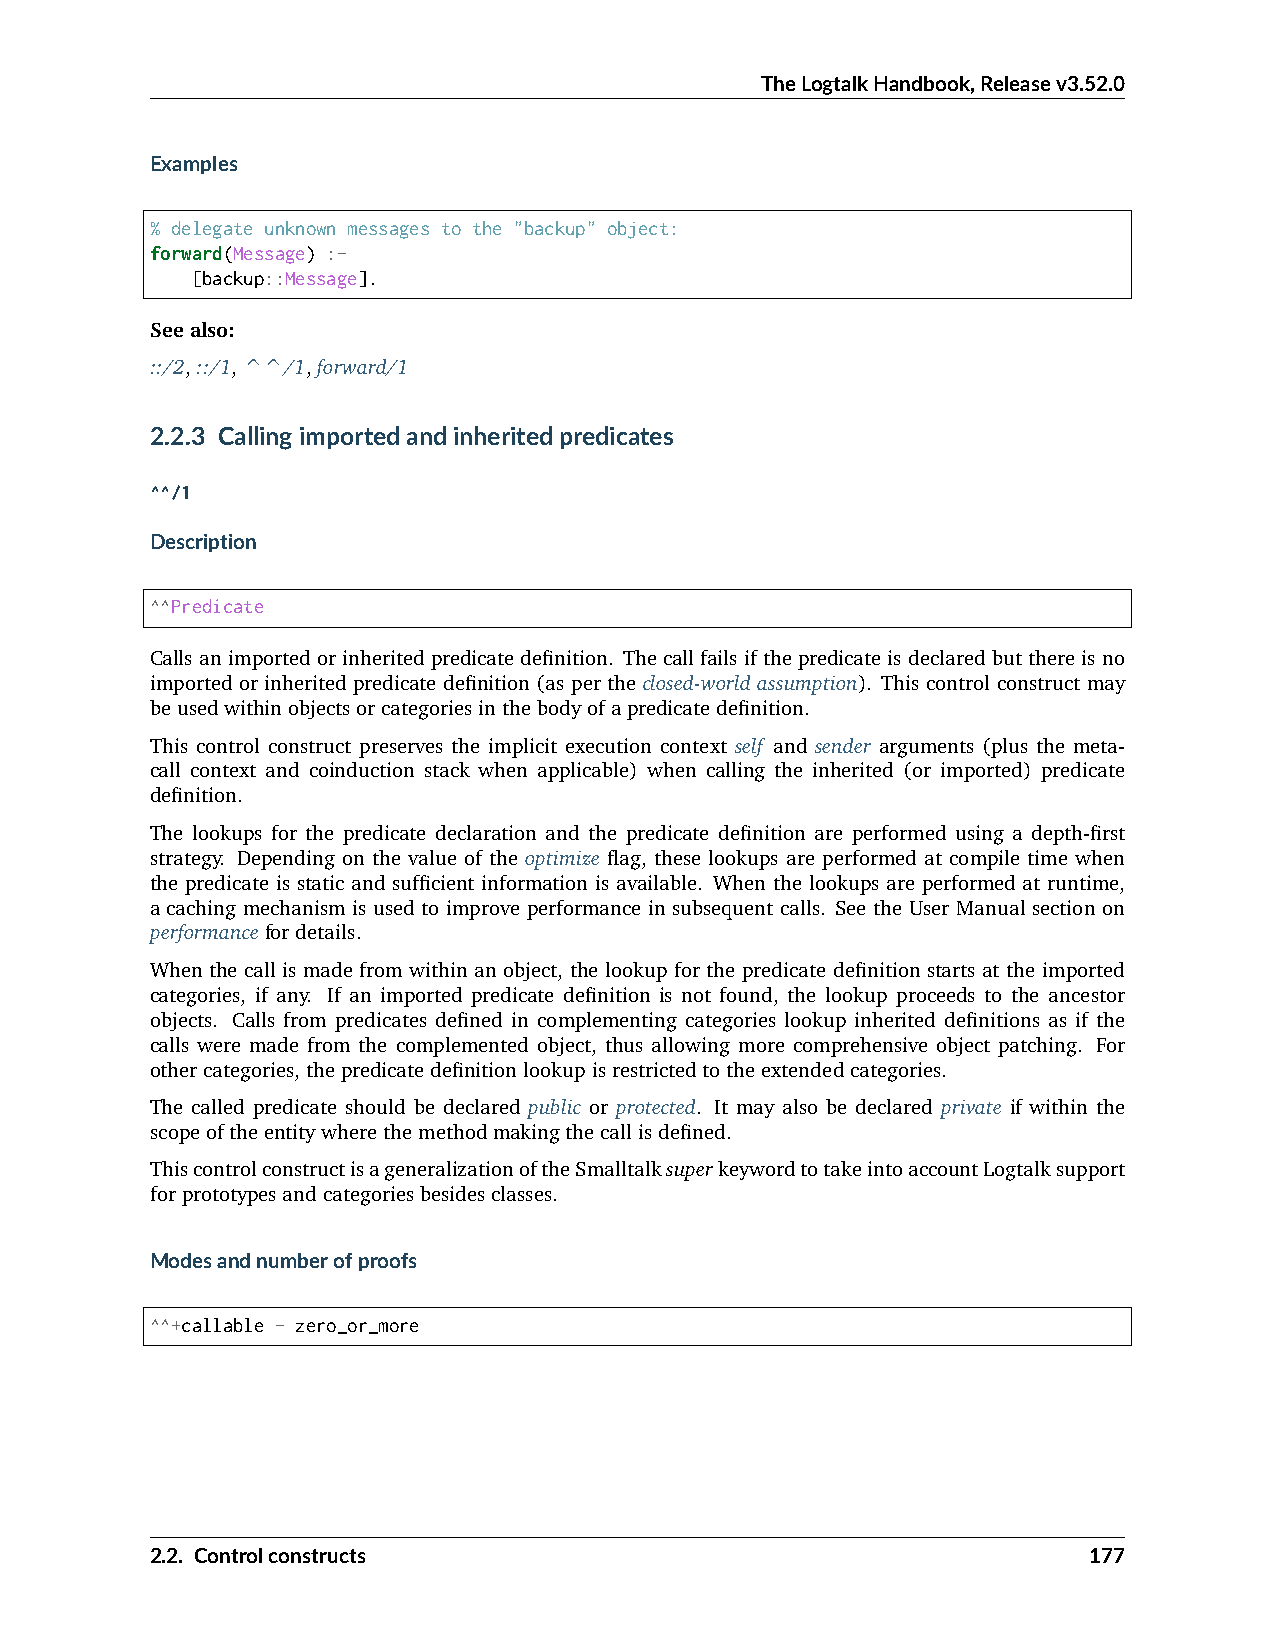
TheLogtalkHandbook,Releasev3.52.0
 Examples
 % delegate unknown messages to the "backup" object:
 forward(Message) :-
 [backup::Message].
 Seealso:
 ::/2,::/1,^^/1,forward/1
 2.2.3 Callingimportedandinheritedpredicates
 ^^/1
 Description
 ^^Predicate
 Callsanimportedorinheritedpredicatedefinition. Thecallfailsifthepredicateisdeclaredbutthereisno
 imported or inherited predicate definition (as per the closed-world assumption). This control construct may
 beusedwithinobjectsorcategoriesinthebodyofapredicatedefinition.
 This control construct preserves the implicit execution context self and sender arguments (plus the meta-
 call context and coinduction stack when applicable) when calling the inherited (or imported) predicate
 definition.
 The lookups for the predicate declaration and the predicate definition are performed using a depth-first
 strategy. Depending on the value of the optimize flag, these lookups are performed at compile time when
 the predicate is static and sufficient information is available. When the lookups are performed at runtime,
 a caching mechanism is used to improve performance in subsequent calls. See the User Manual section on
 performancefordetails.
 When the call is made from within an object, the lookup for the predicate definition starts at the imported
 categories, if any. If an imported predicate definition is not found, the lookup proceeds to the ancestor
 objects. Calls from predicates defined in complementing categories lookup inherited definitions as if the
 calls were made from the complemented object, thus allowing more comprehensive object patching. For
 othercategories,thepredicatedefinitionlookupisrestrictedtotheextendedcategories.
 The called predicate should be declared public or protected. It may also be declared private if within the
 scopeoftheentitywherethemethodmakingthecallisdefined.
 ThiscontrolconstructisageneralizationoftheSmalltalksuperkeywordtotakeintoaccountLogtalksupport
 forprototypesandcategoriesbesidesclasses.
 Modesandnumberofproofs
 ^^+callable - zero_or_more
 2.2. Controlconstructs                                        177